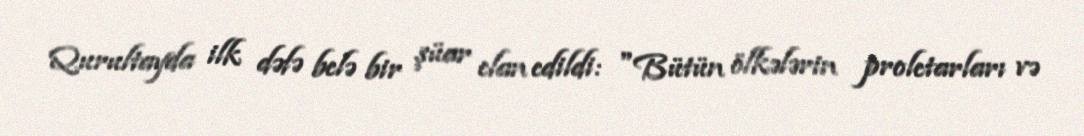
Qurultayda ilk dəfə belə bir şüar elan edildi: "Bütün ölkələrin proletarları və